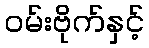
ဝမ်းဗိုက်နှင့်